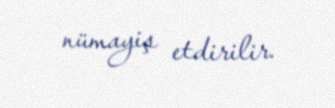
nümayiş etdirilir.